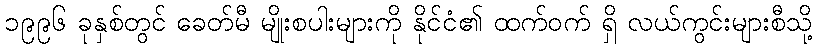
၁၉၉၆ ခုနှစ်တွင် ခေတ်မီ မျိုးစပါးများကို နိုင်ငံ၏ ထက်ဝက် ရှိ လယ်ကွင်းများစီသို့